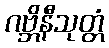
ဂဗ္ဘိနီသုတ္တံ